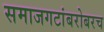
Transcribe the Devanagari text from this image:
समाजगटांबरोबरच